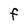
Character: F